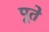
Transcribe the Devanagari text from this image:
पूते